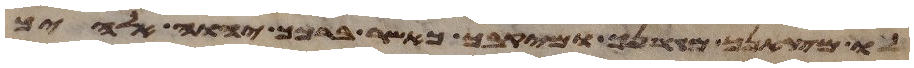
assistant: לו מצאנך ומגרנך ומיקבך כאשר ברכך יהוה אלהיך